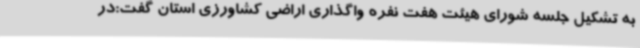
به تشکیل جلسه شورای هیئت هفت نفره واگذاری اراضی کشاورزی استان گفت:در